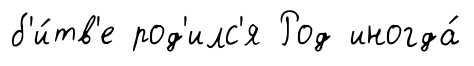
б'и́тв'е род'илс'я Род иногда́